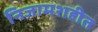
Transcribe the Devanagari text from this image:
निजामशहीत